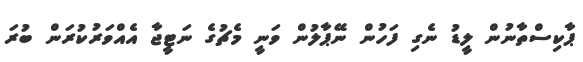
ޕާކިސްތާނުން ލީޑު ނެގި ފަހުން ނޭޕާލުން ވަނީ މެޗުގެ ނަޓީޖާ އެއްވަރުކުރަން ބުރަ